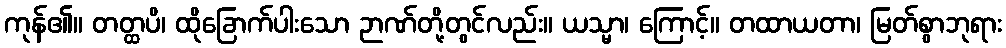
ကုန်၏။ တတ္ထပိ၊ ထိုခြောက်ပါးသော ဉာဏ်တို့တွင်လည်း။ ယသ္မာ၊ ကြောင့်။ တထာယတာ၊ မြတ်စွာဘုရား